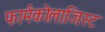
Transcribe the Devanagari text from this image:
फार्मकोलाजिस्ट